King Institute of Preventive Medicine Bacteriolog. Section reports 1907-08
Year: 1907
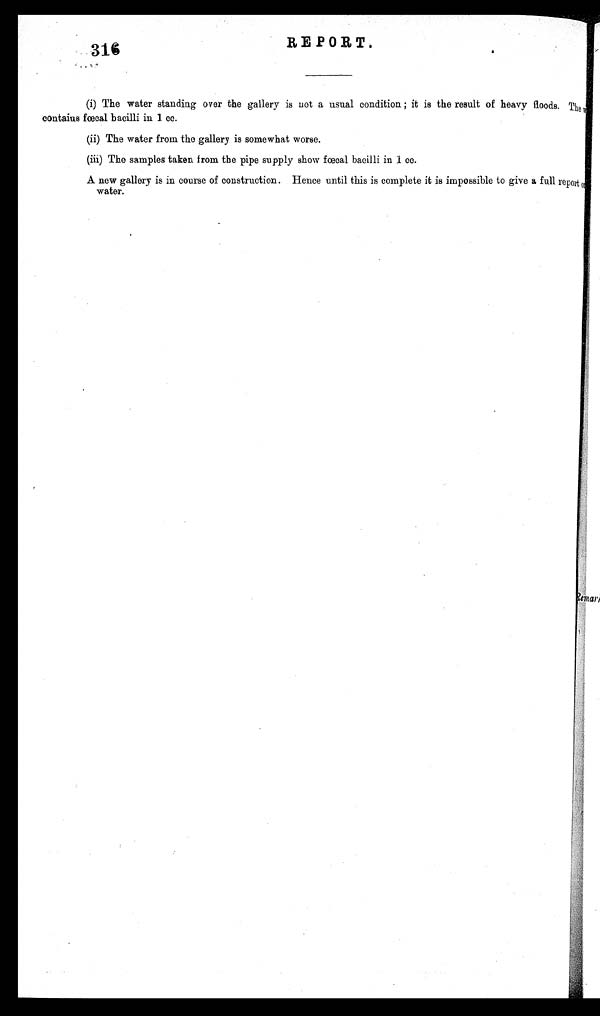
316
RE PORT.
(i) The water standing over the gallery is not a usual condition ; it is the result of heavy floods. The
contaius fœtal bacilli in 1. cc.
(ii) The water from the gallery is somewhat worse.
(iii)
The samples taken from the pipe supply show fœtal bacilli in 1 cc.
A new gallery is in course of construction. Hence until this is complete it is impossible to give a full report on
water.